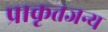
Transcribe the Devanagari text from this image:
प्राकृतजन्य